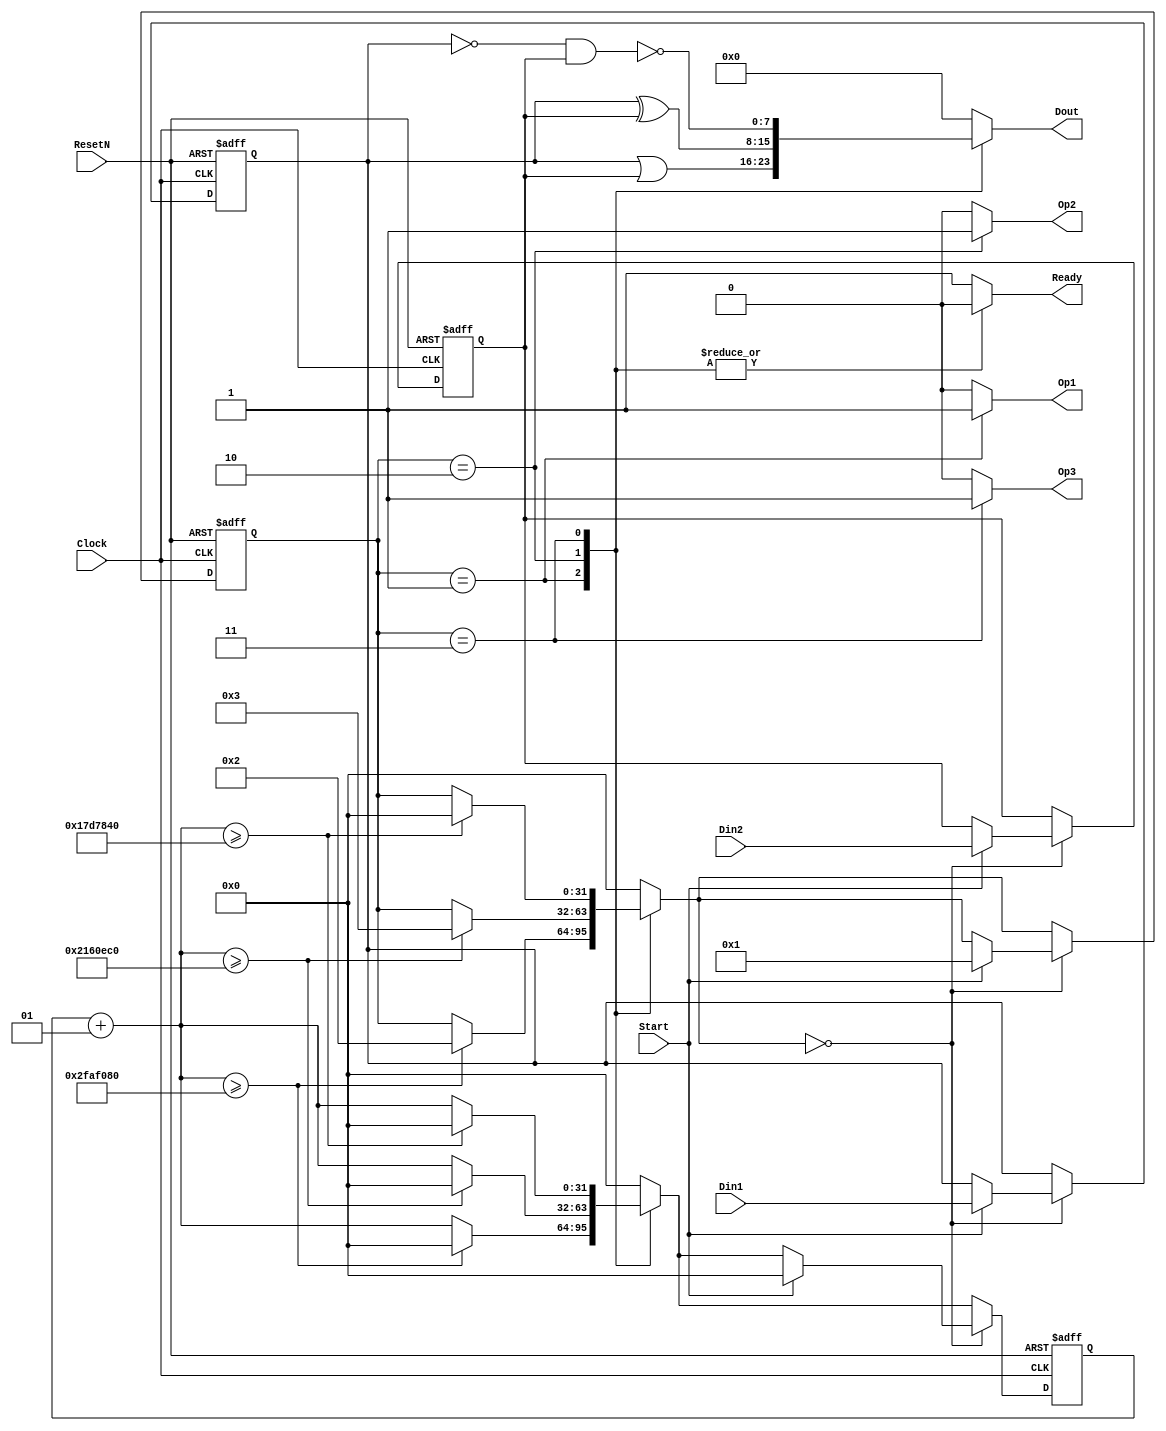
module PSM (
	input Clock,
	input ResetN,
	input [7:0] Din1,
	input [7:0] Din2,
	input Start,
	output reg Ready,
	output reg Op1,
	output reg Op2,
	output reg Op3,
	output reg [7:0] Dout
);

// Define PSM 4 states.
localparam idle_state = 0;
localparam op1_state = 1;
localparam op2_state = 2;
localparam op3_state = 3;

// Define the clock cycles duration of each state.
/* ID = 0xxx7xxx5
	     ^   ^   ^
		  |   |   |
		  X   Y   Z */
// Clock frequency is 50MHz.
// 10 cycles = 1 seconds.
localparam op1_time = 50_000_000;	// X = 10 cycles = 1000ms.
localparam op2_time = 35_000_000;	// Y = 7 cycles = 700ms.
localparam op3_time = 25_000_000;	// Z = 5 cycles = 500ms.

//localparam op1_time = 100;
//localparam op2_time = 70;
//localparam op3_time = 50;

// Define the state and counter variables.
integer present_state, next_state;
integer present_counter, next_counter;

localparam PSM_not_ready = 1'b0;
localparam PSM_ready = 1'b1;

// Define sampled values for Din1 and Din2.
reg [7:0] sample1, sample2;

// Implementation of the asynchronous and the synchronous processes.
always @ (posedge Clock or negedge ResetN) begin
	// Asynchronous process.
	if (!ResetN) begin
		present_state <= idle_state;
		present_counter <= 0;
		sample1 <= 8'b0;
		sample2 <= 8'b0;
	end

	// Synchronous process.
	else begin
		present_state = next_state;
		present_counter = next_counter;
		if (present_state == idle_state) begin
			if (Start) begin
				present_state <= op1_state;
				present_counter <= 0;
				sample1 <= Din1;
				sample2 <= Din2;
			end
		end
	end
end

// Combinatorial logic to set the next state and next counter values.
always begin
	// Default values
	next_state = present_state;
	next_counter = present_counter + 1;
	
	case (present_state)
		idle_state: begin
			next_state = idle_state;
			next_counter = 0;
		end
		
		op1_state: begin
			if (next_counter >= op1_time) begin
				next_state = op2_state;
				next_counter = 0;
			end
		end
		
		op2_state: begin
			if (next_counter >= op2_time) begin
				next_state = op3_state;
				next_counter = 0;
			end
		end
		
		op3_state: begin
			if (next_counter >= op3_time) begin
				next_state = idle_state;
				next_counter = 0;
			end
		end
		
		default: begin
			// This case should neve be activated. If so go to idle state and wait for Start.
			next_state = idle_state;
			next_counter = 0;
		end
	endcase
end

// Combinatorical logic to set PSM outputs.
always begin
	// Set default values.
	Ready = PSM_ready;
	Op1 = 1'b0;
	Op2 = 1'b0;
	Op3 = 1'b0;
	Dout = 8'b0;
	
	case (present_state)
		idle_state: begin
			// Do nothing - all default values are initialized.
		end
		
		op1_state: begin
			Ready = PSM_not_ready;
			Op1 = 1'b1;
			Dout = sample1 | sample2;
		end
		
		op2_state: begin
			Ready = PSM_not_ready;
			Op2 = 1'b1;
			Dout = sample1 ^ sample2;
		end
			
		op3_state: begin
			Ready = PSM_not_ready;
			Op3 = 1'b1;
			Dout = ~((~sample1) & sample2);
		end
		
		default: begin
			// Do nothing - all default values are initialized.
		end
	endcase
	
end

endmodule